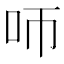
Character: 𠯗